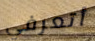
أتعرفي